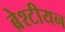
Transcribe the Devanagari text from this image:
ब्रेश्टीयन